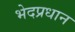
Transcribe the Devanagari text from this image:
भेदप्रधान